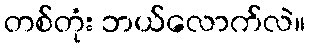
တစ်တုံး ဘယ်လောက်လဲ။